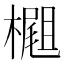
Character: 𣛢